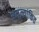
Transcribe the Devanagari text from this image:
अमूल्यांकित